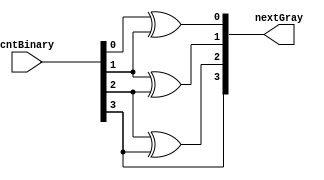
`timescale 1ns / 1ns
//--------------------------------------------------
//-- -----------------------------------------------------------------------------
//--    Crevinn Teoranta          
//-- -----------------------------------------------------------------------------
//-- Author      : $Author:       
//-- Date        : $Date:         
//-- Revision    : $Revision:     
//-- Location    : $URL: $        
//-- -----------------------------------------------------------------------------
//--------------------------------------------------
//
// Description : binary to graycode converter
//                        
//
//--------------------------------------------------


module Bin2Gray #
  (
  parameter integer n_bits = 4
  )
  (
   input wire [n_bits-1:0]  cntBinary,

   output wire [n_bits-1:0] nextGray
  );

  genvar i;
  generate
  for (i = 0; i < (n_bits-1) ; i = i + 1) 
    begin
      assign nextGray[i] = cntBinary[i] ^ cntBinary[i+1];
    end
  endgenerate

  assign nextGray[n_bits-1] = cntBinary[n_bits-1];

endmodule